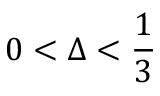
0 < \Delta < { \frac { 1 } { 3 } }